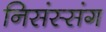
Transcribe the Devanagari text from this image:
निसंस्संग